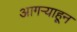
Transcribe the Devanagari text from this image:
आगऱ्याहून